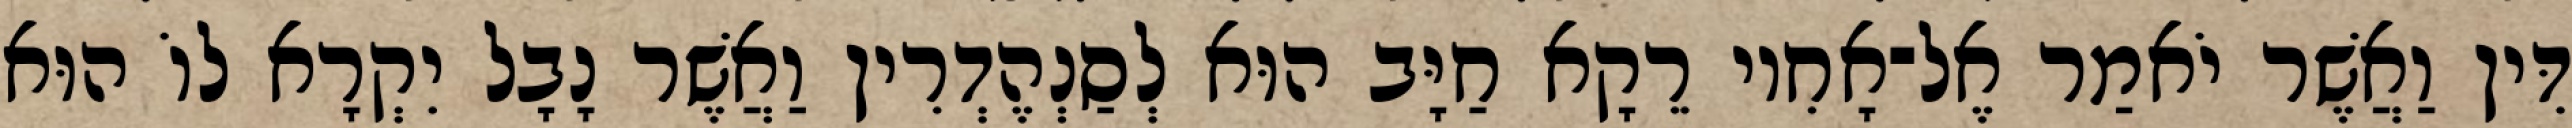
דִּין וַאֲשֶׁר יֹאמַר אֶל־אָחִיו רֵקָא חַיָּב הוּא לְסַנְהֶדְרִין וַאֲשֶׁר נָבָל יִקְרָא לוֹ הוּא